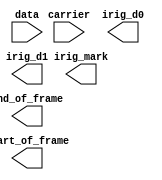
module symbol_decode(
    input carrier,
    input data,
    output irig_d0,
    output irig_d1,
    output irig_mark,
    output start_of_frame,
    output end_of_frame
    );
    
    
endmodule